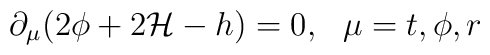
\partial_\mu (2 \phi +2 {\cal H} - h ) =0, ~~\mu=t,\phi,r